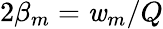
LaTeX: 2\beta_{m}=\mathit{w}_{m}/Q